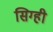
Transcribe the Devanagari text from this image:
सिग्ही